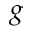
g